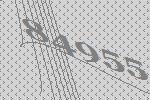
84955